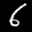
Label: 6